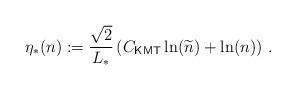
LaTeX: \begin{align*}\eta_*(n):=\frac{\sqrt{2}}{L_*}\left({C_{\textsf{KMT}}\ln(\widetilde{n})+\ln(n)}\right)\,.\end{align*}